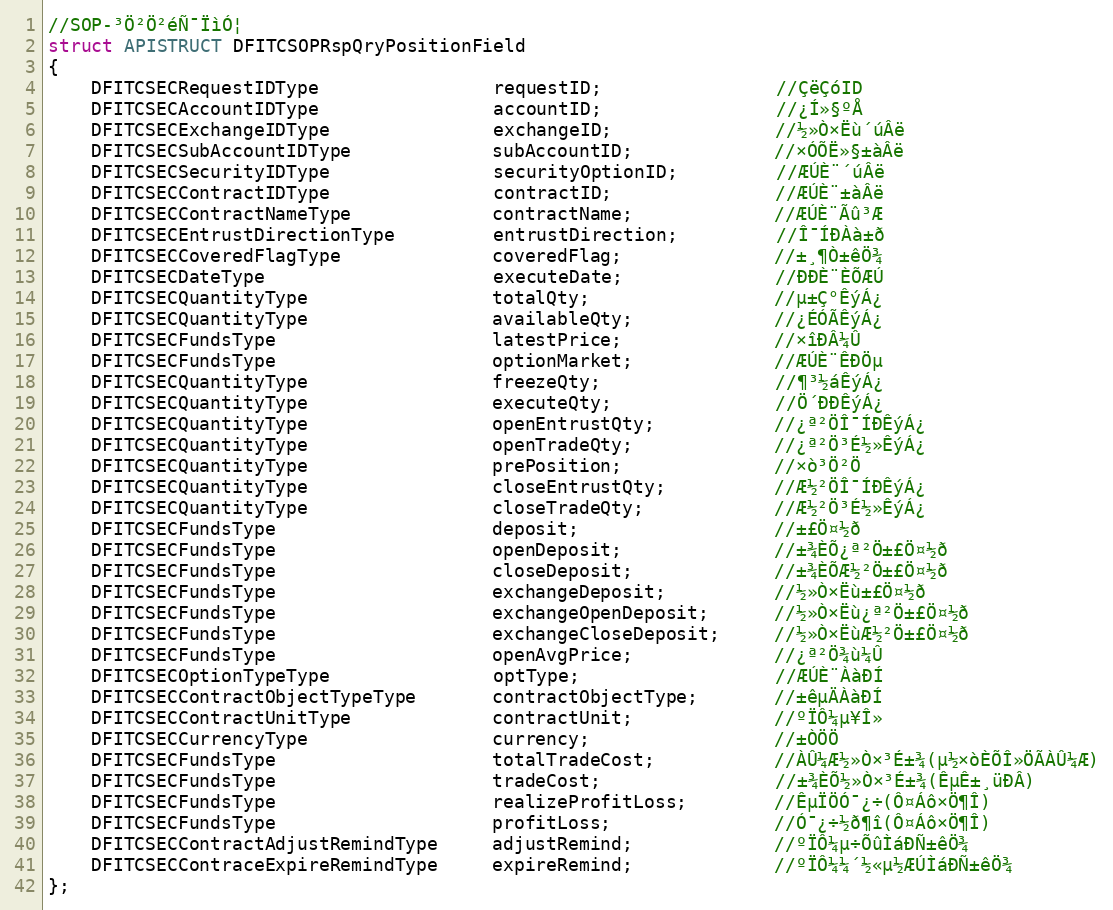
Language: C
//SOP-³Ö²Ö²éÑ¯ÏìÓ¦
struct APISTRUCT DFITCSOPRspQryPositionField
{
    DFITCSECRequestIDType                requestID;                //ÇëÇóID
    DFITCSECAccountIDType                accountID;                //¿Í»§ºÅ
    DFITCSECExchangeIDType               exchangeID;               //½»Ò×Ëù´úÂë
    DFITCSECSubAccountIDType             subAccountID;             //×ÓÕË»§±àÂë
    DFITCSECSecurityIDType               securityOptionID;         //ÆÚÈ¨´úÂë
    DFITCSECContractIDType               contractID;               //ÆÚÈ¨±àÂë
    DFITCSECContractNameType             contractName;             //ÆÚÈ¨Ãû³Æ
    DFITCSECEntrustDirectionType         entrustDirection;         //Î¯ÍÐÀà±ð
    DFITCSECCoveredFlagType              coveredFlag;              //±¸¶Ò±êÖ¾
    DFITCSECDateType                     executeDate;              //ÐÐÈ¨ÈÕÆÚ
    DFITCSECQuantityType                 totalQty;                 //µ±Ç°ÊýÁ¿
    DFITCSECQuantityType                 availableQty;             //¿ÉÓÃÊýÁ¿
    DFITCSECFundsType                    latestPrice;              //×îÐÂ¼Û
    DFITCSECFundsType                    optionMarket;             //ÆÚÈ¨ÊÐÖµ
    DFITCSECQuantityType                 freezeQty;                //¶³½áÊýÁ¿
    DFITCSECQuantityType                 executeQty;               //Ö´ÐÐÊýÁ¿
    DFITCSECQuantityType                 openEntrustQty;           //¿ª²ÖÎ¯ÍÐÊýÁ¿
    DFITCSECQuantityType                 openTradeQty;             //¿ª²Ö³É½»ÊýÁ¿
    DFITCSECQuantityType                 prePosition;              //×ò³Ö²Ö
    DFITCSECQuantityType                 closeEntrustQty;          //Æ½²ÖÎ¯ÍÐÊýÁ¿
    DFITCSECQuantityType                 closeTradeQty;            //Æ½²Ö³É½»ÊýÁ¿
    DFITCSECFundsType                    deposit;                  //±£Ö¤½ð
    DFITCSECFundsType                    openDeposit;              //±¾ÈÕ¿ª²Ö±£Ö¤½ð
    DFITCSECFundsType                    closeDeposit;             //±¾ÈÕÆ½²Ö±£Ö¤½ð
    DFITCSECFundsType                    exchangeDeposit;          //½»Ò×Ëù±£Ö¤½ð
    DFITCSECFundsType                    exchangeOpenDeposit;      //½»Ò×Ëù¿ª²Ö±£Ö¤½ð
    DFITCSECFundsType                    exchangeCloseDeposit;     //½»Ò×ËùÆ½²Ö±£Ö¤½ð
    DFITCSECFundsType                    openAvgPrice;             //¿ª²Ö¾ù¼Û
    DFITCSECOptionTypeType               optType;                  //ÆÚÈ¨ÀàÐÍ
    DFITCSECContractObjectTypeType       contractObjectType;       //±êµÄÀàÐÍ
    DFITCSECContractUnitType             contractUnit;             //ºÏÔ¼µ¥Î»
    DFITCSECCurrencyType                 currency;                 //±ÒÖÖ
    DFITCSECFundsType                    totalTradeCost;           //ÀÛ¼Æ½»Ò×³É±¾(µ½×òÈÕÎ»ÖÃÀÛ¼Æ)
    DFITCSECFundsType                    tradeCost;                //±¾ÈÕ½»Ò×³É±¾(ÊµÊ±¸üÐÂ)
    DFITCSECFundsType                    realizeProfitLoss;        //ÊµÏÖÓ¯¿÷(Ô¤Áô×Ö¶Î)
    DFITCSECFundsType                    profitLoss;               //Ó¯¿÷½ð¶î(Ô¤Áô×Ö¶Î)
    DFITCSECContractAdjustRemindType     adjustRemind;             //ºÏÔ¼µ÷ÕûÌáÐÑ±êÖ¾
    DFITCSECContraceExpireRemindType     expireRemind;             //ºÏÔ¼¼´½«µ½ÆÚÌáÐÑ±êÖ¾
};